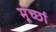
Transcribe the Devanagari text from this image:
मूर्च्‍छा